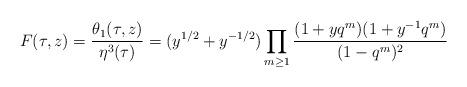
LaTeX: \begin{align*} F(\tau, z) = \frac{\theta_1(\tau, z)}{\eta^3(\tau)} = (y^{1/2}+y^{-1/2})\prod_{m \geq 1} \frac{(1+yq^m)(1+y^{-1}q^m)}{(1-q^m)^2}\end{align*}